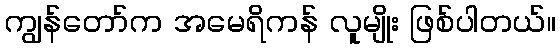
ကျွန်တော်က အမေရိကန် လူမျိုး ဖြစ်ပါတယ်။